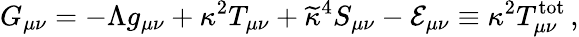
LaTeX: G_{\mu\nu}=-\Lambda g_{\mu\nu}+\kappa^{2}T_{\mu\nu}+\widetilde{\kappa}^{4}S_{\mu\nu}-{\cal E}_{\mu\nu}\equiv\kappa^{2}T_{\mu\nu}^{\mathrm{tot}}\, ,